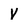
Character: v